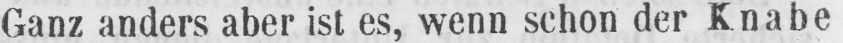
Ganz anders aber ist es, wenn schon der Knabe